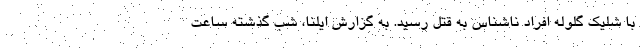
با شلیک گلوله افراد ناشناس به قتل رسید. به گزارش ایلنا، شب گذشته ساعت